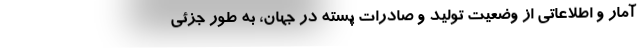
آمار و اطلاعاتی از وضعیت تولید و صادرات پسته در جهان، به طور جزئی